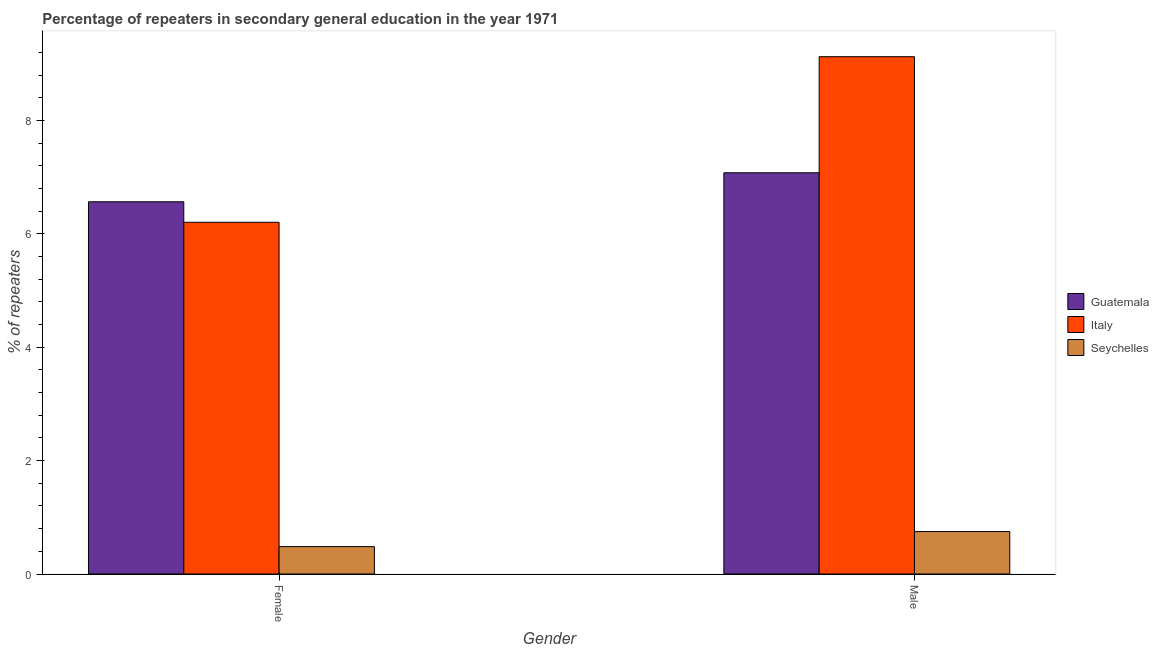
| Gender | Guatemala | Italy | Seychelles |
 | --- | --- | --- | --- |
 | Female | 6.57 | 6.21 | 0.483 |
 | Male | 7.08 | 9.13 | 0.749 |